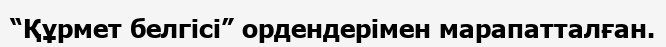
“Құрмет белгісі” ордендерімен марапатталған.